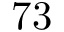
7 3